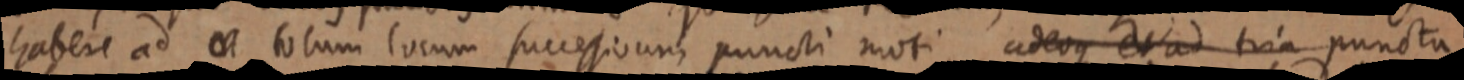
habere ad et totum locum successiorum puncti moti adeoque et ad tria puncta